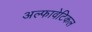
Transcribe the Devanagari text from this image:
अल्फावेटिकल